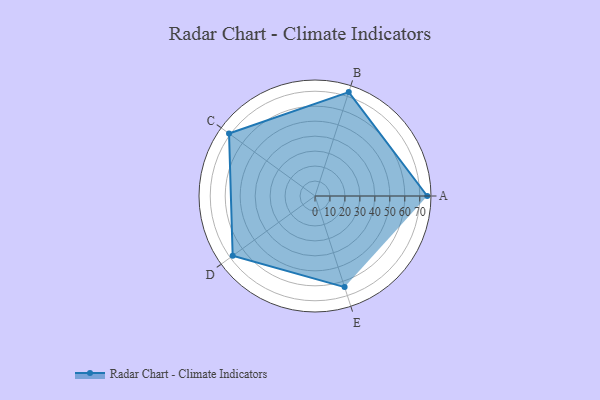
{"axis": {"x": "Skill", "y": "Score"}, "legend": ["Profile"], "data": [{"x": "A", "y": 75.0, "type": "Profile"}, {"x": "B", "y": 73.0, "type": "Profile"}, {"x": "C", "y": 71.0, "type": "Profile"}, {"x": "D", "y": 68.0, "type": "Profile"}, {"x": "E", "y": 64.0, "type": "Profile"}]}